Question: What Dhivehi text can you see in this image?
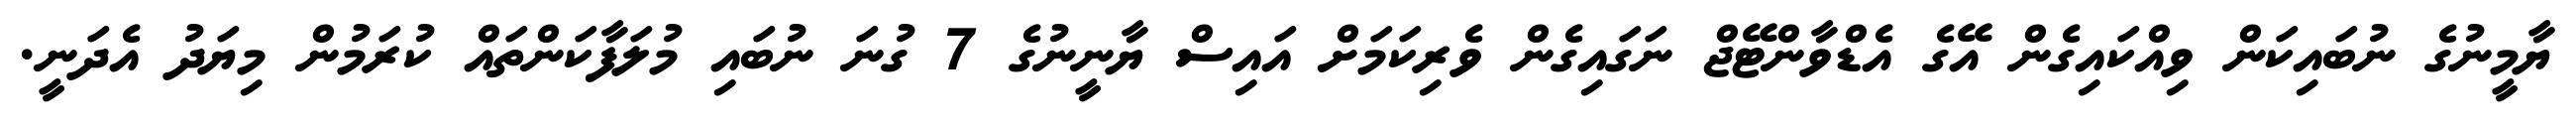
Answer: ޔާމީނުގެ ނުބައިކަން ވިއްކައިގެން އޭގެ އެޑްވާންޓޭޖް ނަގައިގެން ވެރިކަމަށް އައިސް ޔާނީނުގެ 7 ގުނަ ނުބައި މުލަފާކަންތައް ކުރަމުން މިޔަދު އެދަނީ.